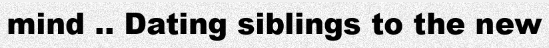
mind .. Dating siblings to the new